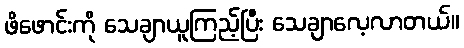
ဖိဖောင်းကို သေချာယူကြည့်ပြီး သေချာလေ့လာတယ်။